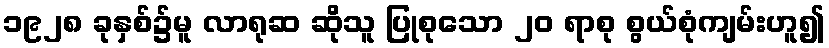
၁၉၂၈ ခုနှစ်၌မူ လာရုဆ ဆိုသူ ပြုစုသော ၂၀ ရာစု စွယ်စုံကျမ်းဟူ၍